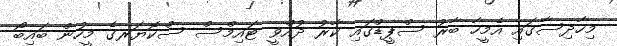
މިހާދިސާގައި އެމީހާ ބާރު ސްޕީޑްގައި ކާރު ދުއްވީ ޓައިމްސް ސްކޮޔަރގެ މީހުން ބައިބޯ